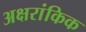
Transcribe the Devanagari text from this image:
अक्षरांकिक